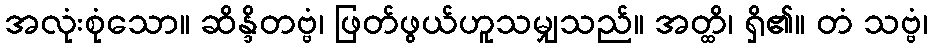
အလုံးစုံသော။ ဆိန္ဒိတဗ္ဗံ၊ ဖြတ်ဖွယ်ဟူသမျှသည်။ အတ္ထိ၊ ရှိ၏။ တံ သဗ္ဗံ၊